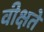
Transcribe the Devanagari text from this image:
वीक्षते